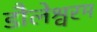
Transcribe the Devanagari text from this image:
डौलेश्वरम